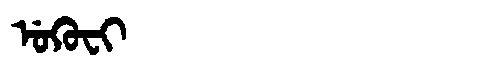
Manchu: ᡠᡴᡠᠸᡳ
Romanization: UKUFI